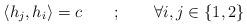
LaTeX: \begin{align*}\langle h_{j},h_{i}\rangle = c \qquad;\qquad\forall i,j\in \{1,2\}\end{align*}